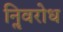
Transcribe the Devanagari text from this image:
निॢवरोध